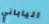
الياباني